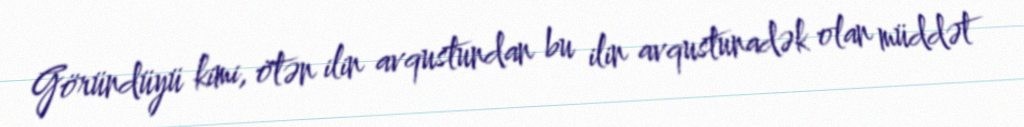
Göründüyü kimi, ötən ilin avqustundan bu ilin avqustunadək olan müddət